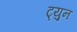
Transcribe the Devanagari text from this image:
ट्युन